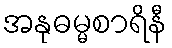
အနုဓမ္မစာရိနီ